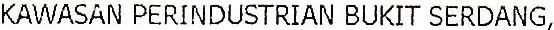
KAWASAN PERINDUSTRIAN BUKIT SERDANG,